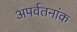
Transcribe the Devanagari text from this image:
अपर्वतनांक